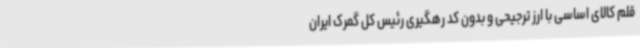
قلم کالای اساسی با ارز ترجیحی و بدون کد رهگیری رئیس کل گمرک ایران